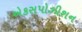
એકસપોઝીશન